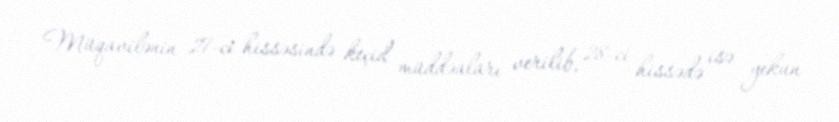
Müqavilənin 27-ci hissəsində keçid müddəaları verilib, 28-ci hissədə isə yekun